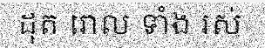
ដុត រោល ទាំង រស់